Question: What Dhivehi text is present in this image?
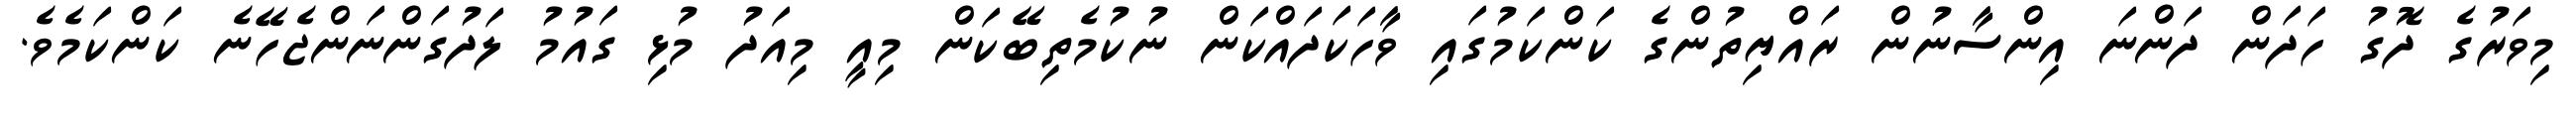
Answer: މިވަރުގެ ދޮގު ހަދަން ދަންނަ އިންސާނުން ރައްޔިތުންގެ ކަންކަމުގައި ވާހަކަދައްކަން ނުކުމެތިބޭކަން މިއީ މިއަދު މުޅި ގައުމު ލަދުގަންނަންޖެހޭނެ ކަންކަމެވެ.